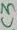
Text: C3